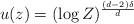
LaTeX: \begin{align*} u(z) = (\log Z)^{\frac{(d-2)\delta}{d}} \end{align*}